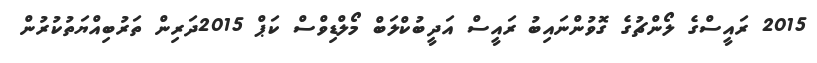
2015 ރައީސްގެ ލޯންޗުގެ ގޮވުންނައިބު ރައީސް އަދީބުކްލަބް މޯލްޑިވްސް ކަޕް 2015ދަރިން ތަރުބިއްޔަތުކުރުން